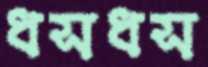
ধসধস